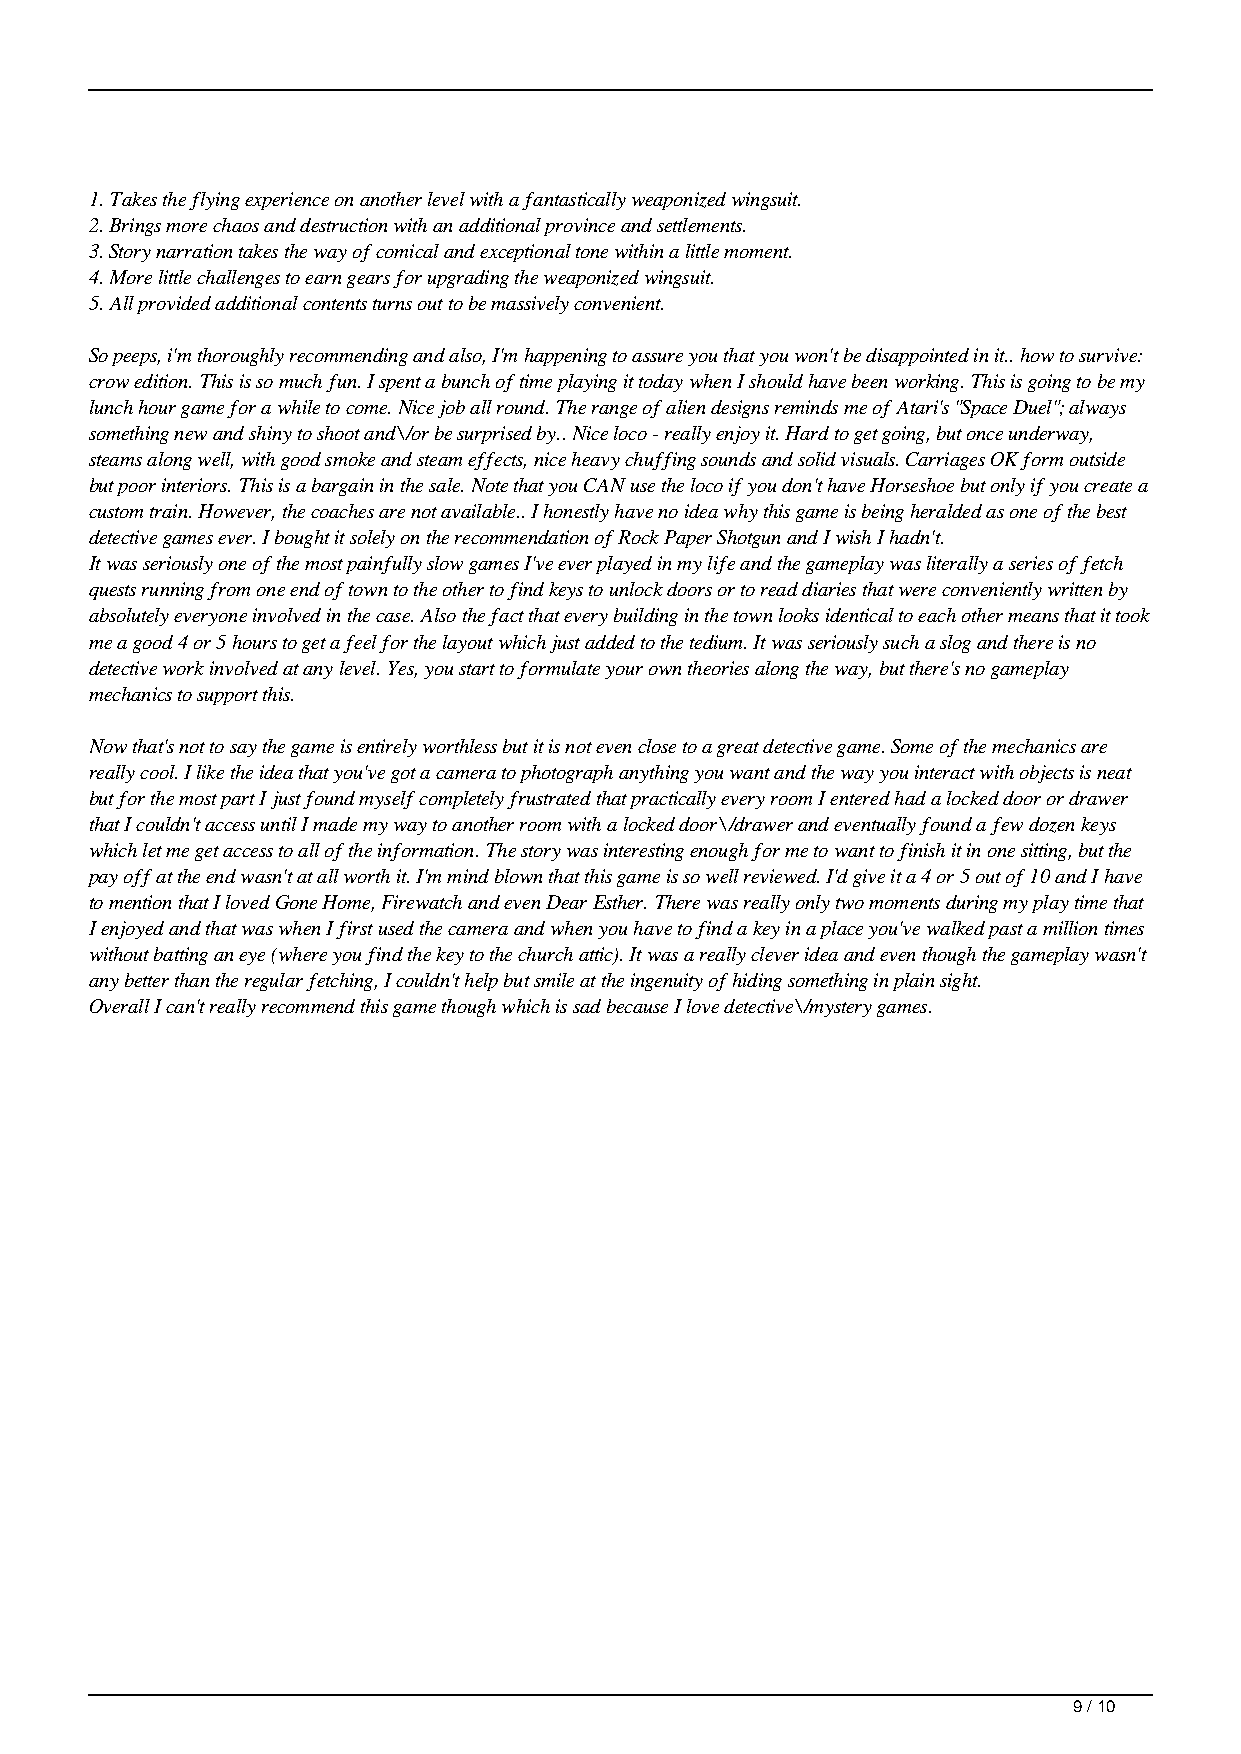
1. Takes the flying experience on another level with a fantastically weaponized wingsuit.
 2. Brings more chaos and destruction with an additional province and settlements.
 3. Story narration takes the way of comical and exceptional tone within a little moment.
 4. More little challenges to earn gears for upgrading the weaponized wingsuit.
 5. All provided additional contents turns out to be massively convenient.
 So peeps, i'm thoroughly recommending and also, I'm happening to assure you that you won't be disappointed in it.. how to survive:
 crow edition. This is so much fun. I spent a bunch of time playing it today when I should have been working. This is going to be my
 lunch hour game for a while to come. Nice job all round. The range of alien designs reminds me of Atari's "Space Duel"; always
 something new and shiny to shoot and\/or be surprised by.. Nice loco - really enjoy it. Hard to get going, but once underway,
 steams along well, with good smoke and steam effects, nice heavy chuffing sounds and solid visuals. Carriages OK form outside
 but poor interiors. This is a bargain in the sale. Note that you CAN use the loco if you don't have Horseshoe but only if you create a
 custom train. However, the coaches are not available.. I honestly have no idea why this game is being heralded as one of the best
 detective games ever. I bought it solely on the recommendation of Rock Paper Shotgun and I wish I hadn't.
 It was seriously one of the most painfully slow games I've ever played in my life and the gameplay was literally a series of fetch
 quests running from one end of town to the other to find keys to unlock doors or to read diaries that were conveniently written by
 absolutely everyone involved in the case. Also the fact that every building in the town looks identical to each other means that it took
 me a good 4 or 5 hours to get a feel for the layout which just added to the tedium. It was seriously such a slog and there is no
 detective work involved at any level. Yes, you start to formulate your own theories along the way, but there's no gameplay
 mechanics to support this.
 Now that's not to say the game is entirely worthless but it is not even close to a great detective game. Some of the mechanics are
 really cool. I like the idea that you've got a camera to photograph anything you want and the way you interact with objects is neat
 but for the most part I just found myself completely frustrated that practically every room I entered had a locked door or drawer
 that I couldn't access until I made my way to another room with a locked door\/drawer and eventually found a few dozen keys
 which let me get access to all of the information. The story was interesting enough for me to want to finish it in one sitting, but the
 pay off at the end wasn't at all worth it. I'm mind blown that this game is so well reviewed. I'd give it a 4 or 5 out of 10 and I have
 to mention that I loved Gone Home, Firewatch and even Dear Esther. There was really only two moments during my play time that
 I enjoyed and that was when I first used the camera and when you have to find a key in a place you've walked past a million times
 without batting an eye (where you find the key to the church attic). It was a really clever idea and even though the gameplay wasn't
 any better than the regular fetching, I couldn't help but smile at the ingenuity of hiding something in plain sight.
 Overall I can't really recommend this game though which is sad because I love detective\/mystery games.
 9 / 10